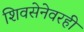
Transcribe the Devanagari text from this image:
शिवसेनेवरही